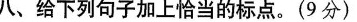
八、给下列句子加上恰当的标点。(9分)